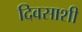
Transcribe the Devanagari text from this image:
दिवसाशी